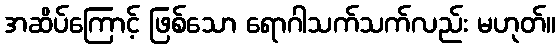
အဆိပ်ကြောင့် ဖြစ်သော ရောဂါသက်သက်လည်း မဟုတ်။